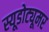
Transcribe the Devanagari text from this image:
स्यूडोट्यूमर